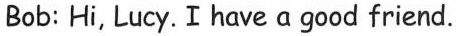
Bob: Hi, Lucy. I have a good friend.